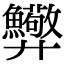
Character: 𢍸